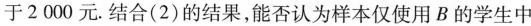
于2000元.结合(2)的结果，能否认为样本仅使用B的学生中